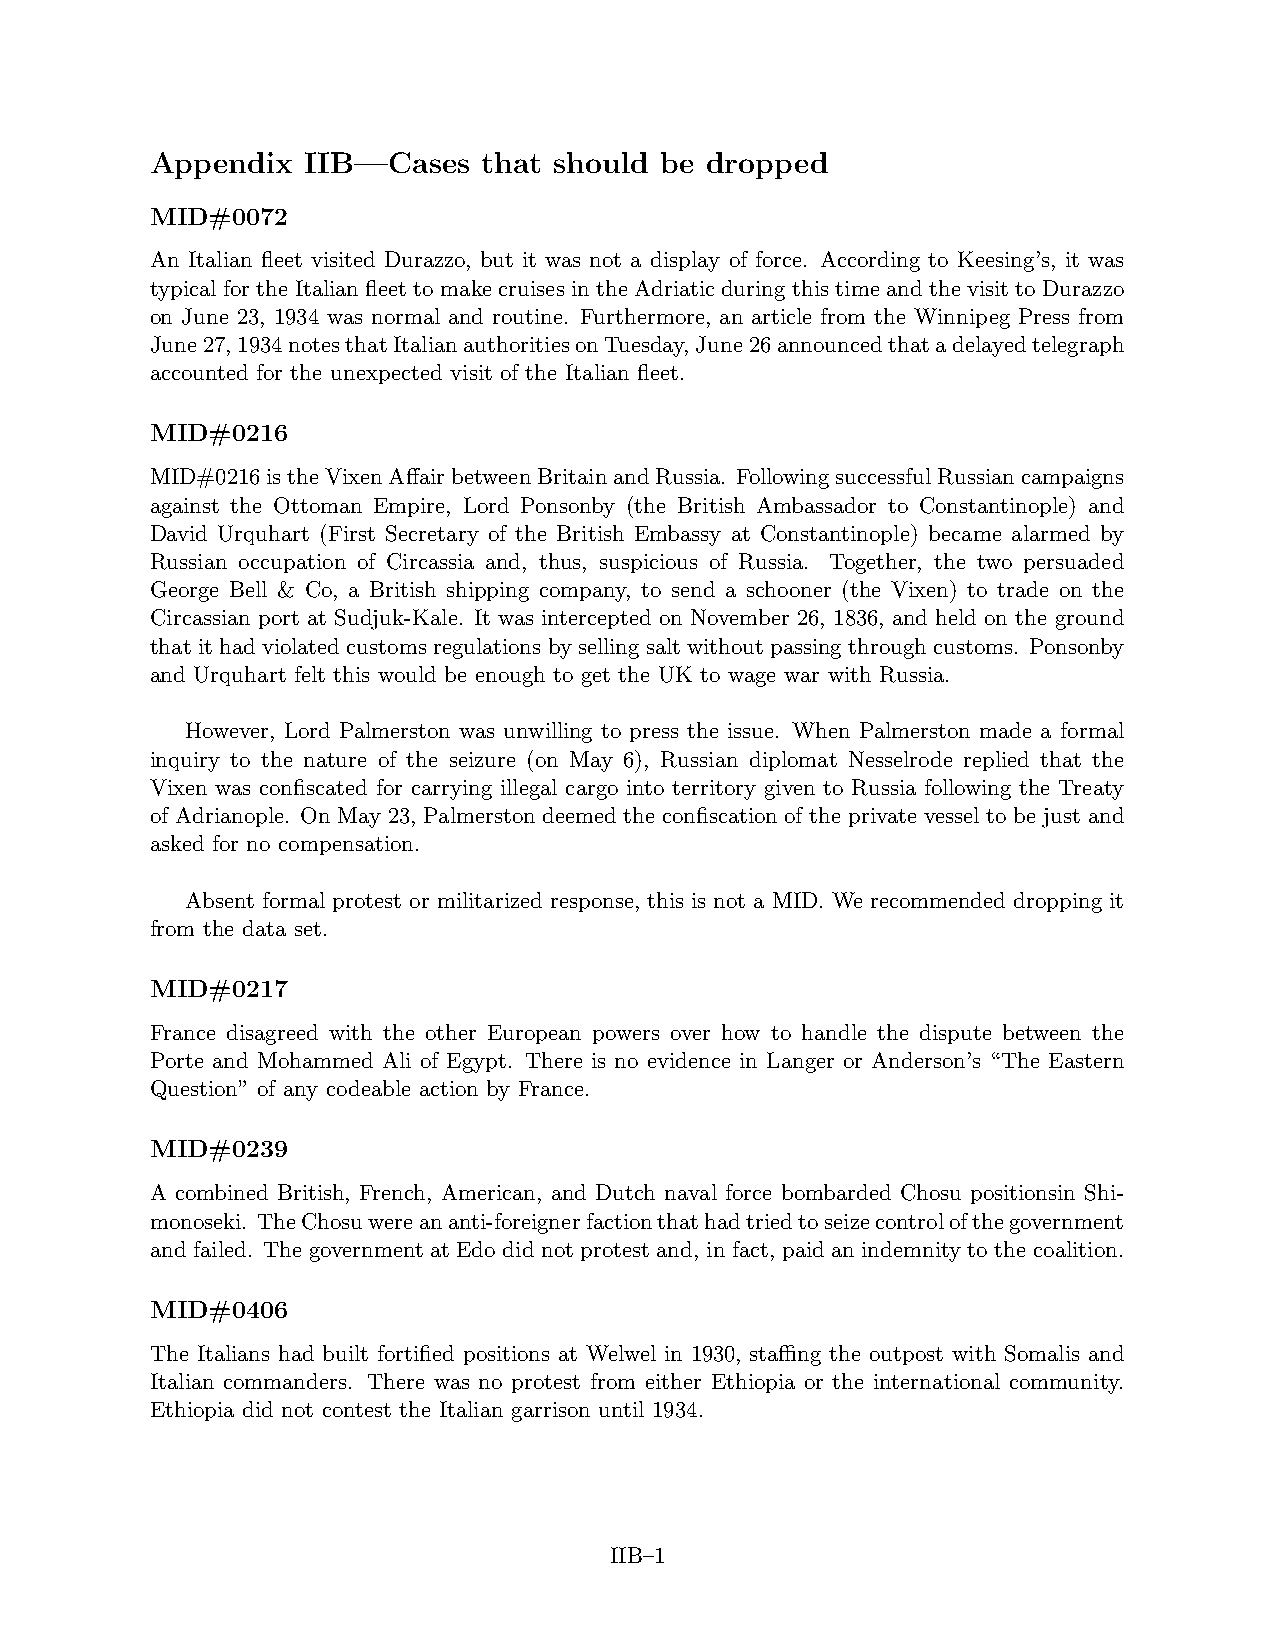
Appendix  IIB—Cases   that should be dropped
 MID#0072
 An Italian fleet visited Durazzo, but it was not a display of force. According to Keesing’s, it was
 typical for the Italian fleet to make cruises in the Adriatic during this time and the visit to Durazzo
 on June 23, 1934 was normal and routine. Furthermore, an article from the Winnipeg Press from
 June27,1934notesthatItalianauthoritiesonTuesday,June26announcedthatadelayedtelegraph
 accounted for the unexpected visit of the Italian fleet.
 MID#0216
 MID#0216istheVixenAffairbetweenBritainandRussia. FollowingsuccessfulRussiancampaigns
 against the Ottoman Empire, Lord Ponsonby (the British Ambassador to Constantinople) and
 David Urquhart (First Secretary of the British Embassy at Constantinople) became alarmed by
 Russian occupation of Circassia and, thus, suspicious of Russia. Together, the two persuaded
 George Bell & Co, a British shipping company, to send a schooner (the Vixen) to trade on the
 Circassian port at Sudjuk-Kale. It was intercepted on November 26, 1836, and held on the ground
 thatithadviolatedcustomsregulationsbysellingsaltwithoutpassingthroughcustoms. Ponsonby
 and Urquhart felt this would be enough to get the UK to wage war with Russia.
 However, Lord Palmerston was unwilling to press the issue. When Palmerston made a formal
 inquiry to the nature of the seizure (on May 6), Russian diplomat Nesselrode replied that the
 Vixen was confiscated for carrying illegal cargo into territory given to Russia following the Treaty
 of Adrianople. On May 23, Palmerston deemed the confiscation of the private vessel to be just and
 asked for no compensation.
 Absent formal protest or militarized response, this is not a MID. We recommended dropping it
 from the data set.
 MID#0217
 France disagreed with the other European powers over how to handle the dispute between the
 Porte and Mohammed Ali of Egypt. There is no evidence in Langer or Anderson’s “The Eastern
 Question” of any codeable action by France.
 MID#0239
 A combined British, French, American, and Dutch naval force bombarded Chosu positionsin Shi-
 monoseki. TheChosuwereananti-foreignerfactionthathadtriedtoseizecontrolofthegovernment
 and failed. The government at Edo did not protest and, in fact, paid an indemnity to the coalition.
 MID#0406
 The Italians had built fortified positions at Welwel in 1930, staffing the outpost with Somalis and
 Italian commanders. There was no protest from either Ethiopia or the international community.
 Ethiopia did not contest the Italian garrison until 1934.
 IIB–1